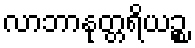
လာဘာနုတ္တရိယဉ္စ